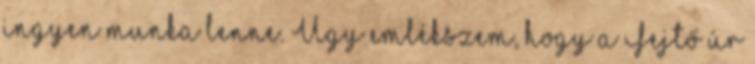
ingyen munka lenne. Úgy emlékszem, hogy a Fejtő úr